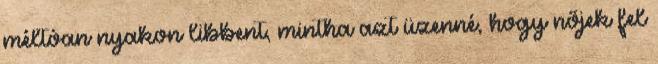
méltóan nyakon libbent, mintha azt üzenné, hogy nőjek fel